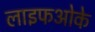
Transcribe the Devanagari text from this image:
लाइफओके